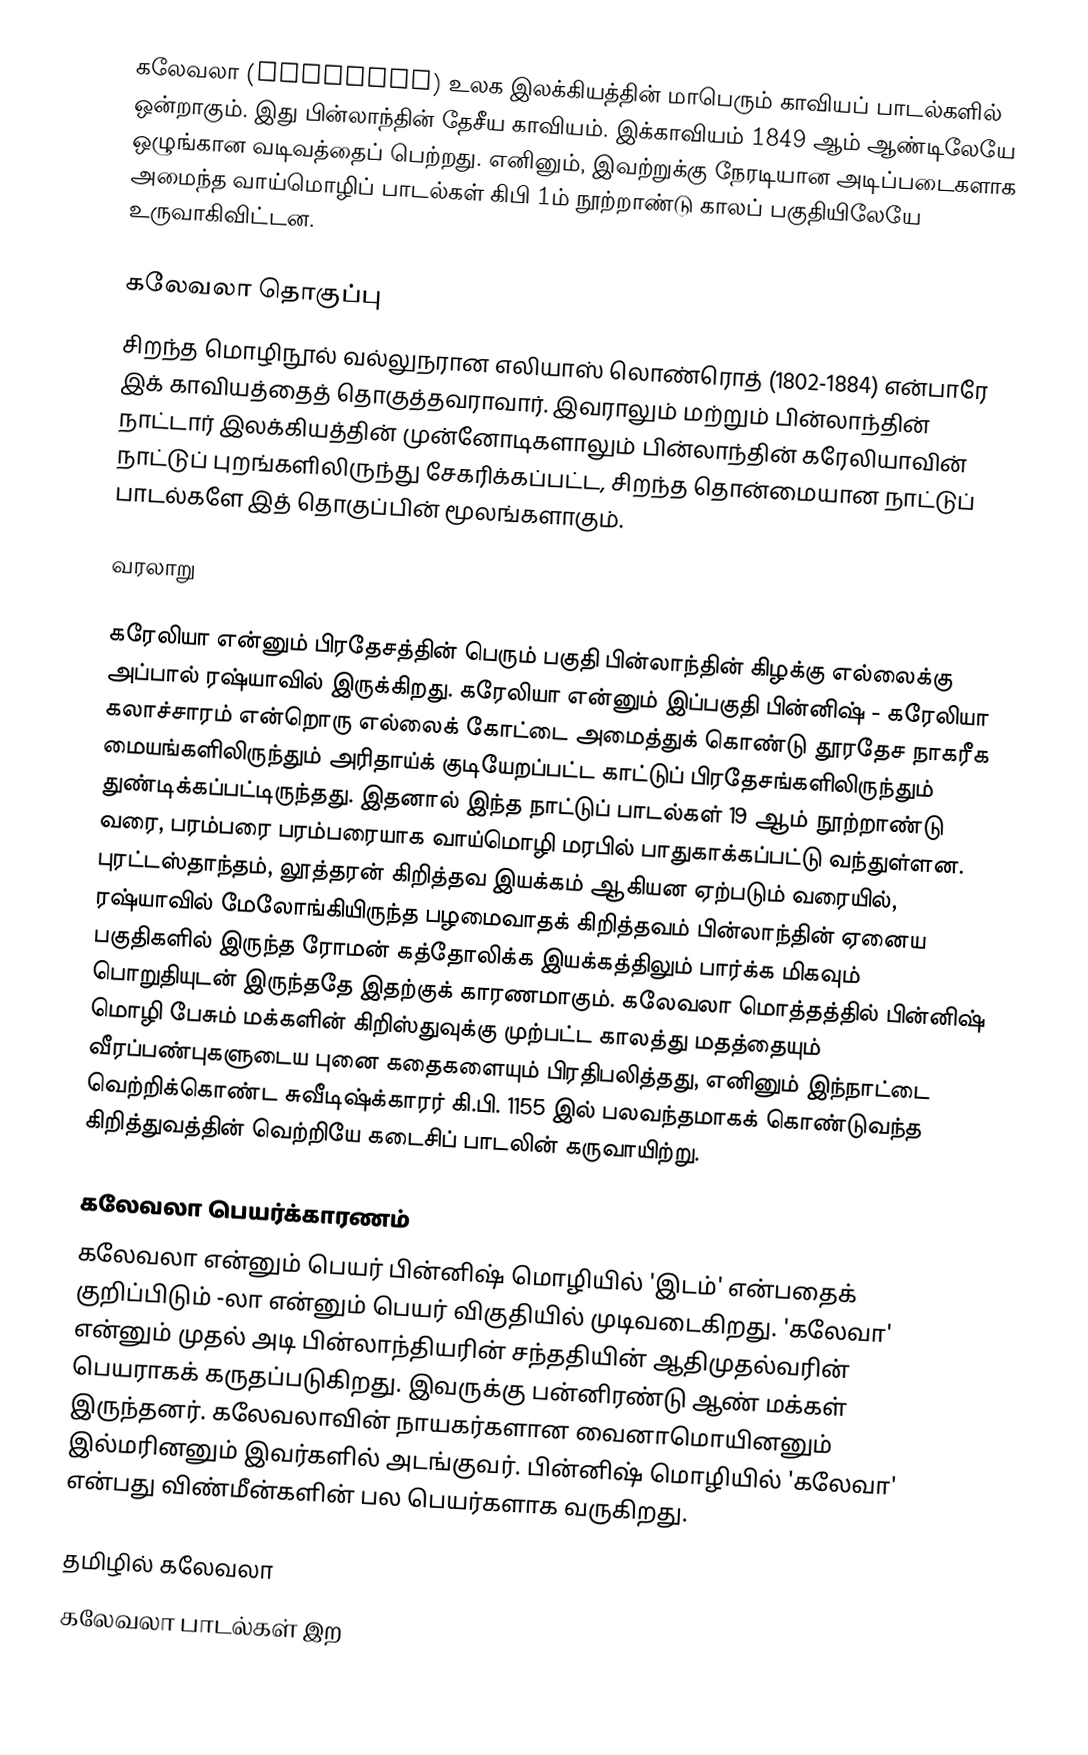
கலேவலா (Kalevala) உலக இலக்கியத்தின் மாபெரும் காவியப் பாடல்களில் ஒன்றாகும். இது பின்லாந்தின் தேசீய காவியம். இக்காவியம் 1849 ஆம் ஆண்டிலேயே ஒழுங்கான வடிவத்தைப் பெற்றது. எனினும், இவற்றுக்கு நேரடியான அடிப்படைகளாக அமைந்த வாய்மொழிப் பாடல்கள் கிபி 1ம் நூற்றாண்டு காலப் பகுதியிலேயே உருவாகிவிட்டன.

கலேவலா தொகுப்பு
சிறந்த மொழிநூல் வல்லுநரான எலியாஸ் லொண்ரொத் (1802-1884) என்பாரே இக் காவியத்தைத் தொகுத்தவராவார். இவராலும் மற்றும் பின்லாந்தின் நாட்டார் இலக்கியத்தின் முன்னோடிகளாலும் பின்லாந்தின் கரேலியாவின் நாட்டுப் புறங்களிலிருந்து சேகரிக்கப்பட்ட, சிறந்த தொன்மையான நாட்டுப் பாடல்களே இத் தொகுப்பின் மூலங்களாகும்.

வரலாறு

கரேலியா என்னும் பிரதேசத்தின் பெரும் பகுதி பின்லாந்தின் கிழக்கு எல்லைக்கு அப்பால் ரஷ்யாவில் இருக்கிறது. கரேலியா என்னும் இப்பகுதி பின்னிஷ் - கரேலியா கலாச்சாரம் என்றொரு எல்லைக் கோட்டை அமைத்துக் கொண்டு தூரதேச நாகரீக மையங்களிலிருந்தும் அரிதாய்க் குடியேறப்பட்ட காட்டுப் பிரதேசங்களிலிருந்தும் துண்டிக்கப்பட்டிருந்தது. இதனால் இந்த நாட்டுப் பாடல்கள் 19 ஆம் நூற்றாண்டு வரை, பரம்பரை பரம்பரையாக வாய்மொழி மரபில் பாதுகாக்கப்பட்டு வந்துள்ளன. புரட்டஸ்தாந்தம், லூத்தரன் கிறித்தவ இயக்கம் ஆகியன ஏற்படும் வரையில், ரஷ்யாவில் மேலோங்கியிருந்த பழமைவாதக் கிறித்தவம் பின்லாந்தின் ஏனைய பகுதிகளில் இருந்த ரோமன் கத்தோலிக்க இயக்கத்திலும் பார்க்க மிகவும் பொறுதியுடன் இருந்ததே இதற்குக் காரணமாகும். கலேவலா மொத்தத்தில் பின்னிஷ் மொழி பேசும் மக்களின் கிறிஸ்துவுக்கு முற்பட்ட காலத்து மதத்தையும் வீரப்பண்புகளுடைய புனை கதைகளையும் பிரதிபலித்தது, எனினும் இந்நாட்டை வெற்றிக்கொண்ட சுவீடிஷ்க்காரர் கி.பி. 1155 இல் பலவந்தமாகக் கொண்டுவந்த கிறித்துவத்தின் வெற்றியே கடைசிப் பாடலின் கருவாயிற்று.

கலேவலா பெயர்க்காரணம்
கலேவலா என்னும் பெயர் பின்னிஷ் மொழியில் 'இடம்' என்பதைக் குறிப்பிடும் -லா என்னும் பெயர் விகுதியில் முடிவடைகிறது. 'கலேவா' என்னும் முதல் அடி பின்லாந்தியரின் சந்ததியின் ஆதிமுதல்வரின் பெயராகக் கருதப்படுகிறது. இவருக்கு பன்னிரண்டு ஆண் மக்கள் இருந்தனர். கலேவலாவின் நாயகர்களான வைனாமொயினனும் இல்மரினனும் இவர்களில் அடங்குவர். பின்னிஷ் மொழியில் 'கலேவா' என்பது விண்மீன்களின் பல பெயர்களாக வருகிறது.

தமிழில் கலேவலா
கலேவலா பாடல்கள் இற